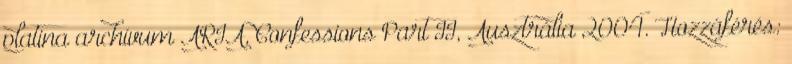
platina archívum ARIA, Confessions Part II, Ausztrália 2004. Hozzáférés: